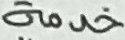
خدمة